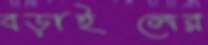
বড়াইলের